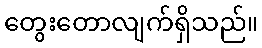
တွေးတောလျက်ရှိသည်။